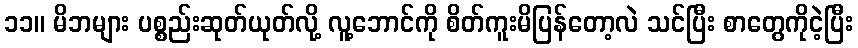
၁၁။ မိဘများ ပစ္စည်းဆုတ်ယုတ်လို့ လူ့ဘောင်ကို စိတ်ကူးမိပြန်တော့လဲ သင်ပြီး စာတွေကိုငဲ့ပြီး